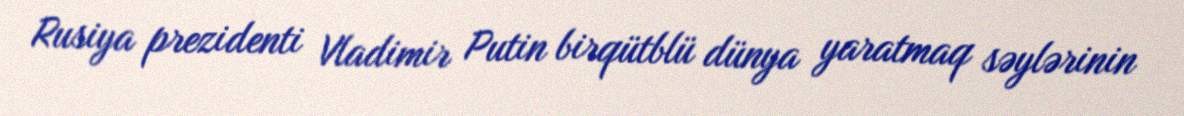
Rusiya prezidenti Vladimir Putin birqütblü dünya yaratmaq səylərinin